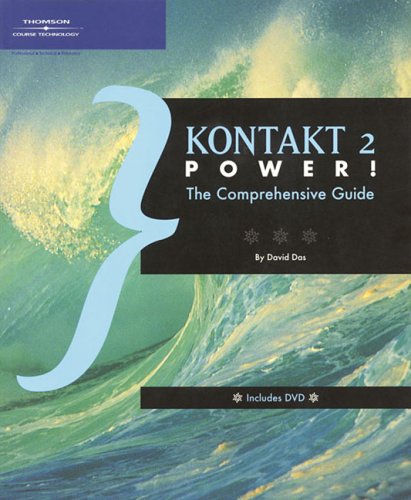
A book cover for Kontakt 2 Power!: The Comprehensive Guide; David Das; Computers & Technology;